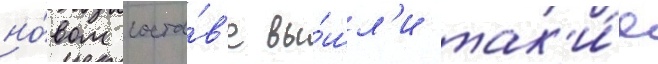
но́вом соста́в'е вы́шл'и так'и́е